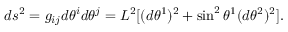
d s ^ { 2 } = g _ { i j } d \theta ^ { i } d \theta ^ { j } = L ^ { 2 } [ ( d \theta ^ { 1 } ) ^ { 2 } + \sin ^ { 2 } \theta ^ { 1 } ( d \theta ^ { 2 } ) ^ { 2 } ] .